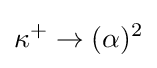
\kappa ^{+}\to (\alpha )^{2}